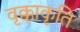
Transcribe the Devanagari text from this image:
वृक्काकृति